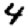
Digit: 4